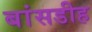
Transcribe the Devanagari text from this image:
बांसडीह